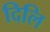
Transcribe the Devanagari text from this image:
दिलि